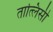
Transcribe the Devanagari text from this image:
तात्लिसी